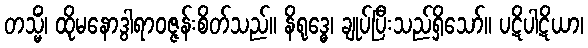
တသ္မိံ၊ ထိုမနောဒွါရာဝဇ္ဇန်းစိတ်သည်။ နိရုဒ္ဓေ၊ ချုပ်ပြီးသည်ရှိသော်။ ပဋိပါဋိယာ၊